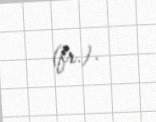
(fr.).